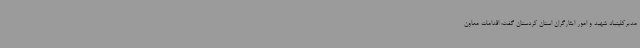
مدیرکلبنیاد شهید و امور ایثارگران استان کردستان گفت: اقدامات معاون